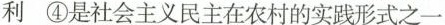
利④是社会主义民主在农村的实践形式之一